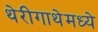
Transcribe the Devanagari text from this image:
थेरीगाथेमध्ये